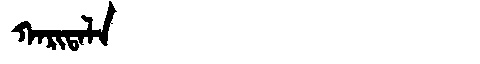
Manchu: ᡴᠠᡵᡳᡨᠠᠯᠠ
Romanization: KARITALA